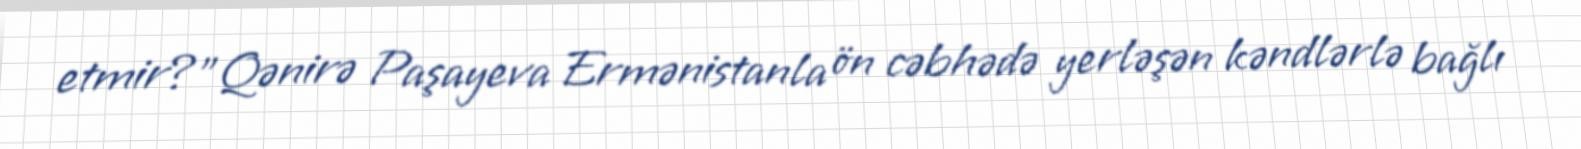
etmir?”Qənirə Paşayeva Ermənistanla ön cəbhədə yerləşən kəndlərlə bağlı